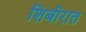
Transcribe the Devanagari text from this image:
शिबीरात